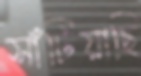
সাঁটিয়াছি